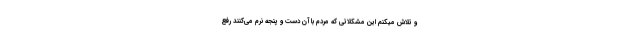
و تلاش میکنم این مشکلاتی که مردم با آن دست و پنجه نرم می‌کنند رفع